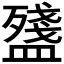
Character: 𥂫